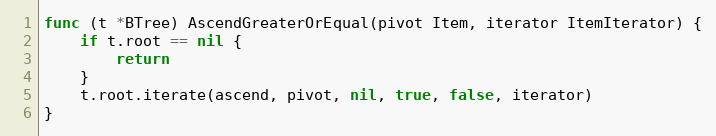
Language: Go
func (t *BTree) AscendGreaterOrEqual(pivot Item, iterator ItemIterator) {
	if t.root == nil {
		return
	}
	t.root.iterate(ascend, pivot, nil, true, false, iterator)
}